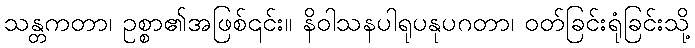
သန္တကတာ၊ ဥစ္စာ၏အဖြစ်၎င်း။ နိဝါသနပါရုပနုပဂတာ၊ ဝတ်ခြင်းရုံခြင်းသို့